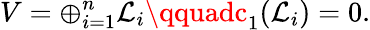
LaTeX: V=\oplus_{i=1}^{n}\mathcal{L}_{i}\qquadc_{1}(\mathcal{L}_{i})=0.